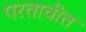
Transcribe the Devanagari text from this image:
परतावीत